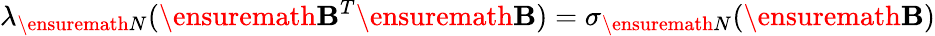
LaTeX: \lambda_{\ensuremath{N}}(\ensuremath{\mathbf{B}}^{T}\ensuremath{\mathbf{B}})=\sigma_{\ensuremath{N}}(\ensuremath{\mathbf{B}})